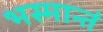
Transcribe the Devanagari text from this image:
भस्मान्तं